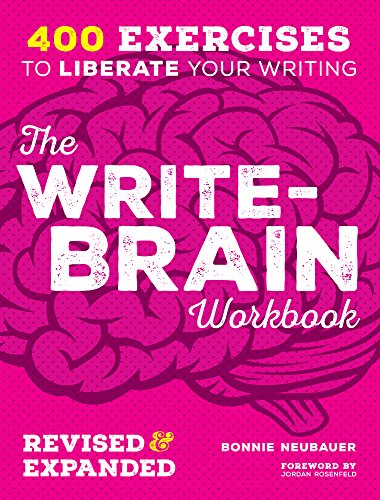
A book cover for The Write-Brain Workbook Revised & Expanded: 400 Exercises to Liberate Your Writing; Bonnie Neubauer; Literature & Fiction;